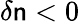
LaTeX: \delta\mathsf{n}<0